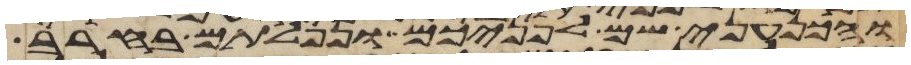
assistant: והכנעני שם לפניכם ונפלתם בחרב